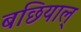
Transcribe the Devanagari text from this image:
बछियाल्